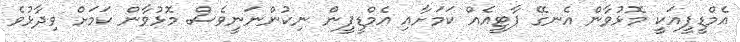
އެމްޑީޕީއަކީ މޮޅުވާން އެނގޭ ޕާޓީއެއް ކަމަށާއި އެމްޑީޕީން ނިކުންނަނީވެސް މޮޅުވާން ކަމަށް ވިދާޅުވެ